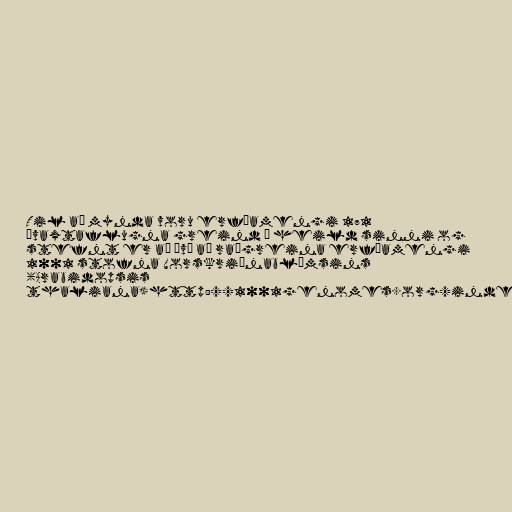
Til að mynda voru erfðamengi 171
ávaxtaflugna greind í heild sinni og
stefnt er að því að raðgreina erfðamengi
1001 stofna Vorskriðnablómsins
(Arabidopsis
thaliana)http://1001genomes.org/index.html